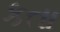
કતા